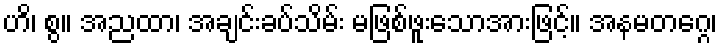
ဟိ၊ စွ။ အညထာ၊ အချင်းခပ်သိမ်း မဖြစ်ဖူးသောအားဖြင့်။ အနမတဂ္ဂေ၊